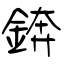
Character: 錛